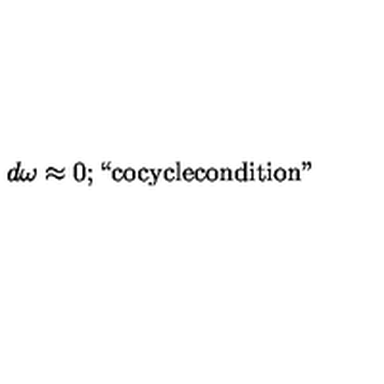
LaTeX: d \omega \approx 0 ; \mathrm { ` ` c o c y c l e c o n d i t i o n " }